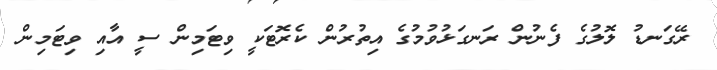
ރޭގަނޑު ލޮލުގެ ފެނުން ރަނގަޅުވުމުގެ އިތުރުން ކެރޮޓަކީ ވިޓަމިން ސީ އާއި ވިޓަމިން